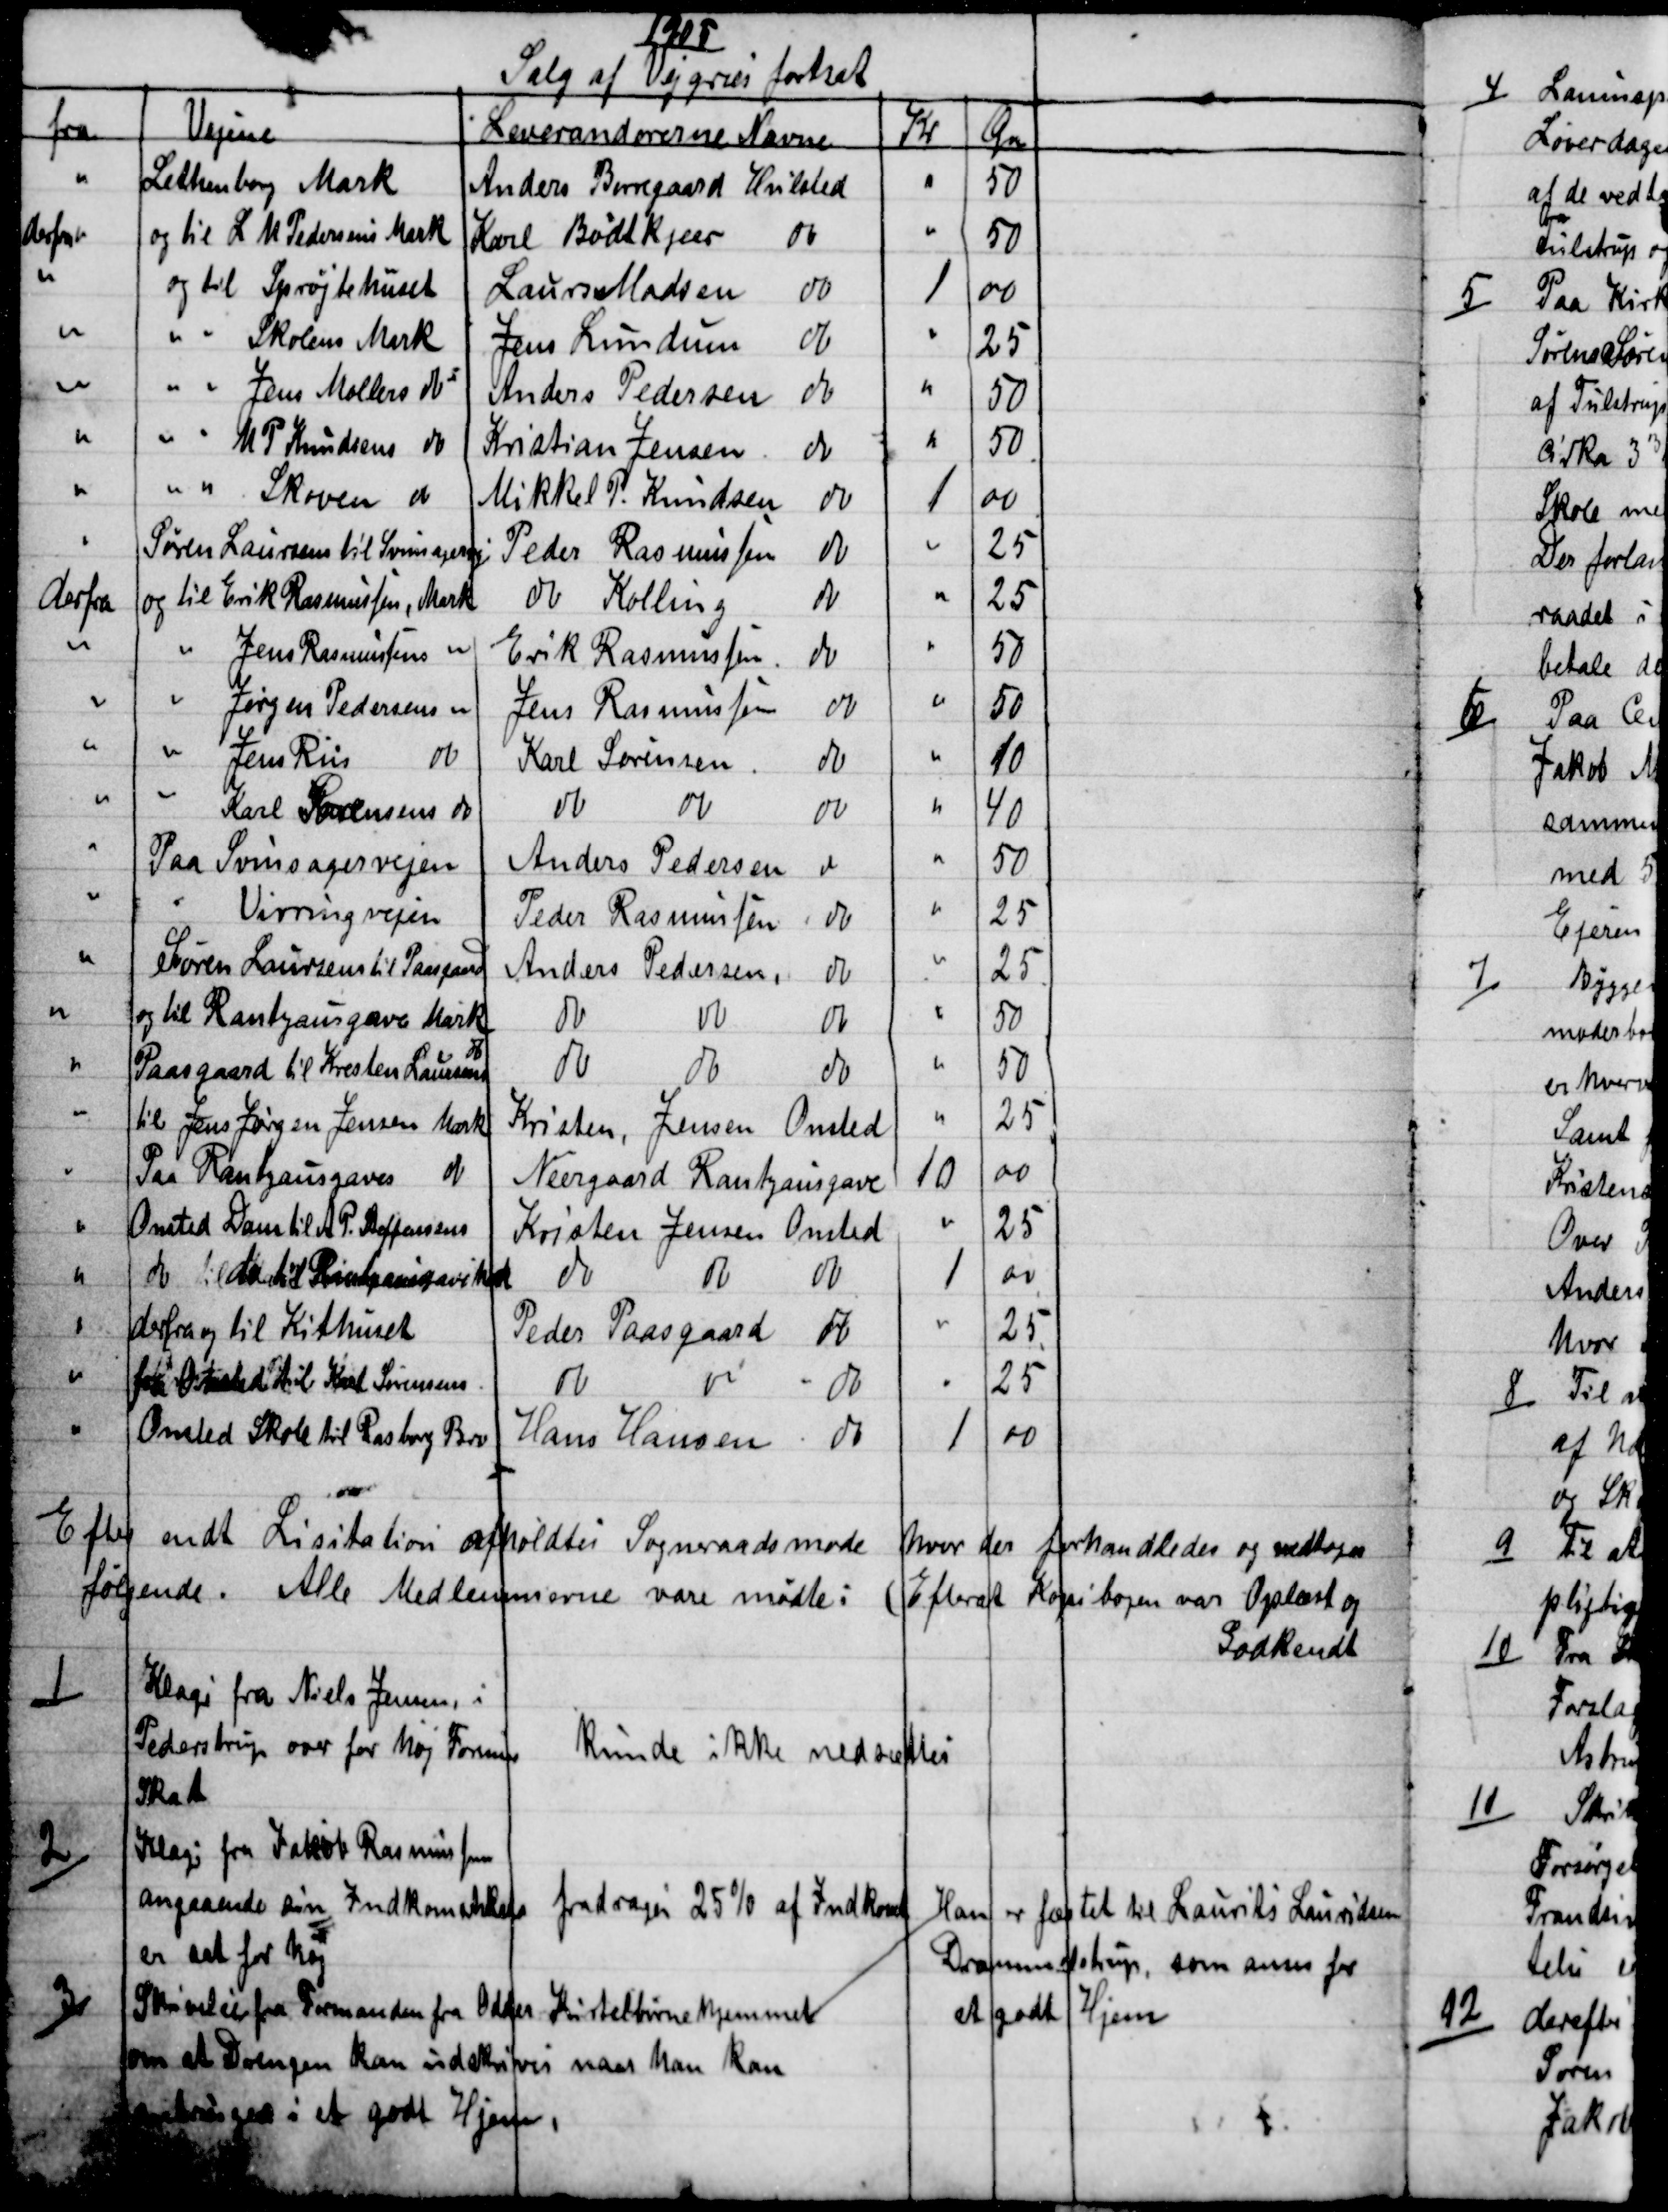
Transskription:
1905
Salg af Vejgræs fortsat
fra
Vejene
Leverandørerne Navne
Kr
Øre
Lethenborg Mark
Anders Borregaard Hvilsted
50
derfra
og til L M Pedersens Mark
Karl Bødtkjær
do
50
og til Sprøjtehuset
Laurs Madsen
do
1
00
Skolens Mark
Jens Lundum
do
25
Jens Møllers do
Anders Pedersen
do
50
H. P. Knudsens do
Kristian Jensen
do
50
Skoven do
Mikkel P. Knudsen
do
1
00
Søren Laursens til Svinsagervej
Peder Rasmussen
do
25
derfra
og til Erik Rasmussen, Mark
do Kolling
do
25
Jens Rasmussens  
Erik Rasmussen
do
50
Jørgen Pedersens 
Jens Rasmussen
do
50
Jens Riis 
do
Karl Sørensen
do
10
Karl Sørensens do
do
do
do
40
Paa Svinsagervejen
Anders Pedersen
do
50
Virringvejen
Peder Rasmussen
do
25
Søren Laursens til Paasgaard
Anders Pedersen,
do
25
og til Rantzausgave Mark
do
do
do
50
Paasgaard til Kresten Laursens 
do
do 
do 
do
50
til Jens Jørgen Jensen Mark
Kristen, Jensen Onsted
25
Paa Rantzausgaves  do
Neergaard Rantzausgave
10
00
Onsted Dam til A P. Steffensens
Kristen Jensen Onsted
25
do til do  til Rantzausgave Mark 
do
do
do
1
00
derfra og til Kithuset
Peder Paasgaard  do
25
fra Onsted til Karl Sørensens
do
do
do
25
Onsted Skole til Rasborg Bro
Hans Hansen  
do
1
00
Efter endt Lisitation afholdtes Sogneraadsmøde hvor der forhandledes og vedtoges
følgende. Alle Medlemmerne vare mødte: (Efterat Kopibogen var Oplæst og
Godkendt
1)
Klage fra Niels Jensen, i
Pederstrup over for høj Formue
Skat
kunde ikke nedsættes
2)
Klage fra Jacob Rasmussen
angaaende sin Indkomstskat
er sat for høj
fradrages 25 % af Indkomst
3)
Skrivelse fra Formanden fra Odder Kirtelbørnehjemmet
om at Drengen kan udskrives naar han kan
anbringes i et godt Hjem,
Han er fæstet til Laurits Lauridsen
Drammelstrup, som anses for
et godt Hjem